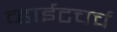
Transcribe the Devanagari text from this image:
व्हाईटचर्च